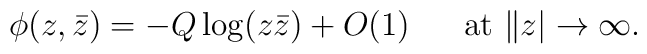
\phi(z,\bar{z})=-Q\log(z\bar{z})+O(1)\ \ \ \ \ \mathrm{at}\ \|z|\rightarrow \infty.\nonumber